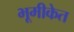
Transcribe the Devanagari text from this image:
भूमीकेत